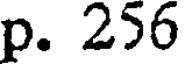
p. 256